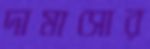
দামাসোর